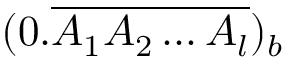
( 0 . { \overline { { A _ { 1 } A _ { 2 } \ldots A _ { l } } } } ) _ { b }